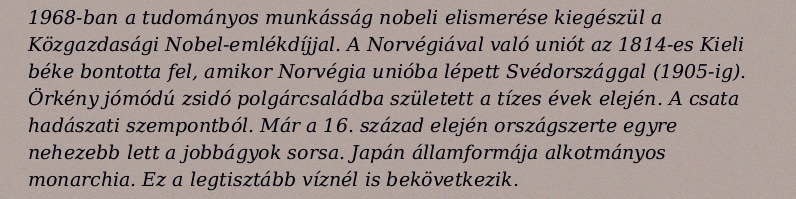
1968-ban a tudományos munkásság nobeli elismerése kiegészül a Közgazdasági Nobel-emlékdíjjal. A Norvégiával való uniót az 1814-es Kieli béke bontotta fel, amikor Norvégia unióba lépett Svédországgal (1905-ig). Örkény jómódú zsidó polgárcsaládba született a tízes évek elején. A csata hadászati szempontból. Már a 16. század elején országszerte egyre nehezebb lett a jobbágyok sorsa. Japán államformája alkotmányos monarchia. Ez a legtisztább víznél is bekövetkezik.